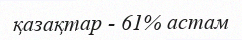
қазақтар - 61% астам